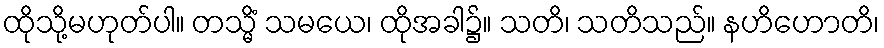
ထိုသို့မဟုတ်ပါ။ တသ္မိံ သမယေ၊ ထိုအခါ၌။ သတိ၊ သတိသည်။ နဟိဟောတိ၊